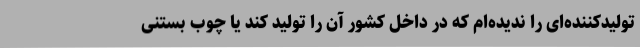
تولیدکننده‌ای را ندیده‌ام که در داخل کشور آن را تولید کند یا چوب بستنی